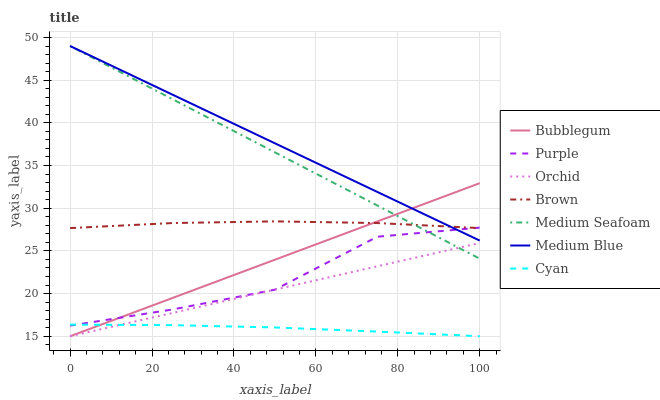
| xaxis_label | Bubblegum | Purple | Orchid | Brown | Medium Seafoam | Medium Blue | Cyan |
 | --- | --- | --- | --- | --- | --- | --- | --- |
 | 0 | 15 | 16.2 | 15 | 27.7 | 49 | 49 | 16.4 |
 | 25 | 19.5 | 18.1 | 17.7 | 28.3 | 42.8 | 43.3 | 16.3 |
 | 50 | 24 | 20.5 | 20.5 | 28.5 | 36.5 | 37.6 | 16 |
 | 75 | 28.4 | 26.7 | 23.2 | 28.3 | 30.3 | 31.9 | 15.5 |
 | 100 | 32.9 | 27.7 | 25.9 | 27.7 | 24.1 | 26.2 | 15 |